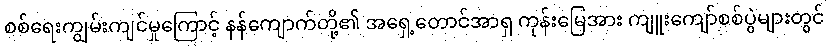
စစ်ရေးကျွမ်းကျင်မှုကြောင့် နန်ကျောက်တို့၏ အရှေ့တောင်အာရှ ကုန်းမြေအား ကျူးကျော်စစ်ပွဲများတွင်